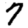
Digit: 7